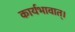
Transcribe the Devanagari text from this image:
कार्यभावात्।